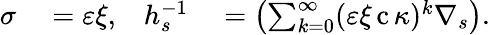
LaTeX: \begin{array}{rlrl}{\sigma}&{{}=\varepsilon\xi,}&{h_{s}^{-1}}&{{}=\left(\sum_{k=0}^{\infty}(\varepsilon\xi\operatorname{c}\kappa)^{k}\nabla_{s}\right).}\end{array}